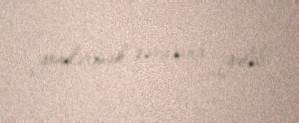
göndərmək qərarına gəlib.